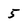
Character: 5